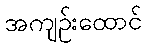
အကျဉ်းထောင်